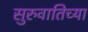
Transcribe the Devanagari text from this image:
सुरुवातिच्या